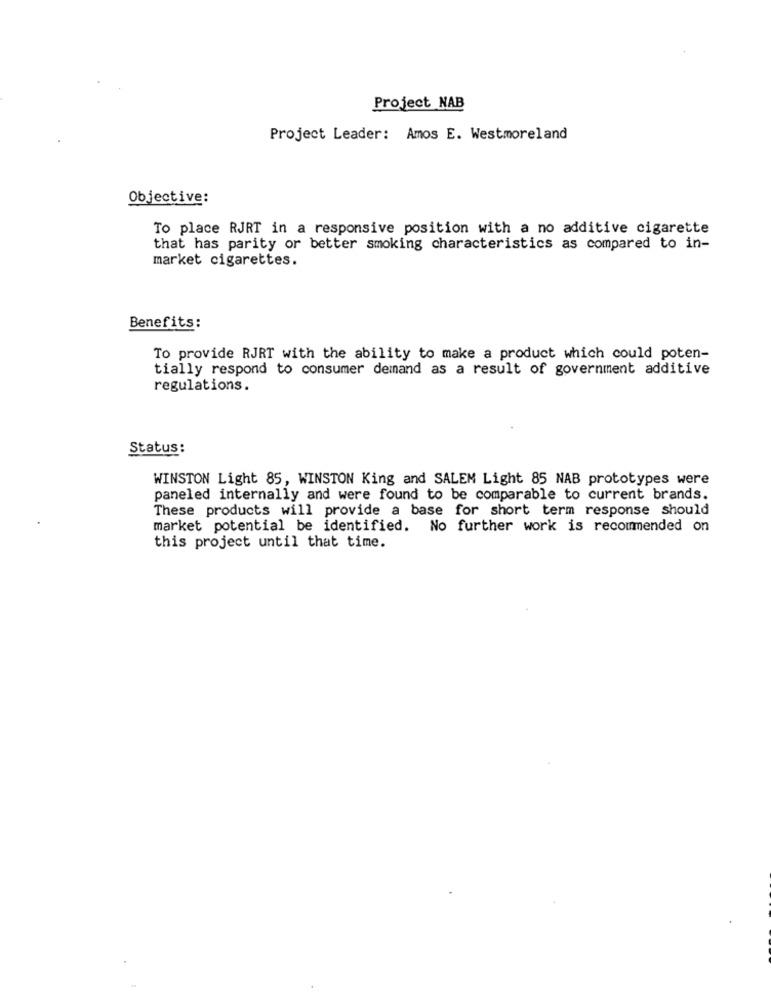
Project NAB
Project Leader: Amos E. Westmoreland
Objective:
To place RJRT in a responsive position with a no additive cigarette
that has parity or better smoking characteristics as compared to in-
market cigarettes.
Benefits:
To provide RJRT with the ability to make a product which could poten-
tially respond to consumer demand as a result of government additive
regulations.
Status:
WINSTON Light 85, WINSTON King and SALEM Light 85 NAB prototypes were
paneled internally and were found to be comparable to current brands.
These products will provide a base for short term response should
market potential be identified. No further work is recommended on
this project until that time.